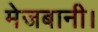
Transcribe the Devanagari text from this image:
मेजबानी।